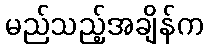
မည်သည့်အချိန်က